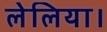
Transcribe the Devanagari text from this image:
लेलिया।